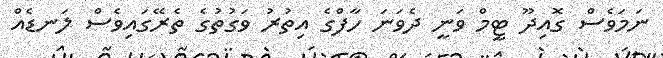
ނަމަވެސް ގޮއިދޫ ޓީމް ވަނީ ދެވަނަ ހާފްގެ އިތުރު ވަގުތުގެ ތެރޭގައިވެސް ލަނޑެއް